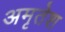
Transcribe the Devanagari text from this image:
अमृतेश